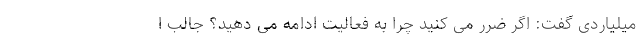
میلیاردی گفت: اگر ضرر می کنید چرا به فعالیت ادامه می دهید؟ جالب ا